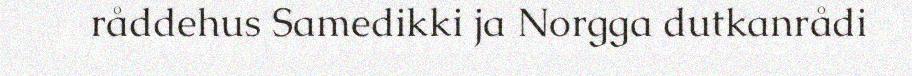
råddehus Samedikki ja Norgga dutkanrådi